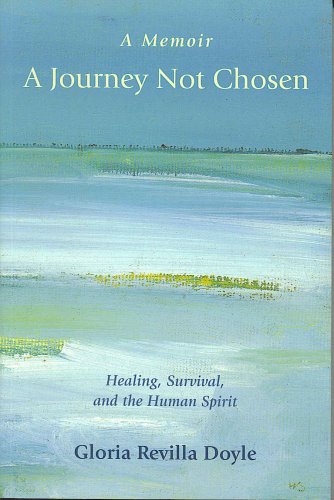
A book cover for A Memoir: A Journey Not Chosen; Gloria Revilla Doyle; Health, Fitness & Dieting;